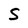
Character: S